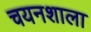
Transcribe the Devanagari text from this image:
चयनशाला